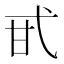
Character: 甙